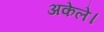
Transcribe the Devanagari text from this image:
अकेले।